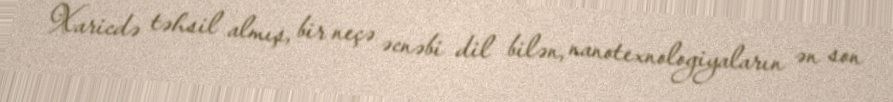
Xaricdə təhsil almış, bir neçə əcnəbi dil bilən, nanotexnologiyaların ən son